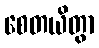
စေတယိတွာ